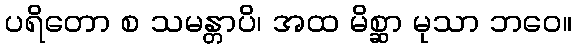
ပရိတော စ သမန္တာပိ၊ အထ မိစ္ဆာ မုသာ ဘဝေ။